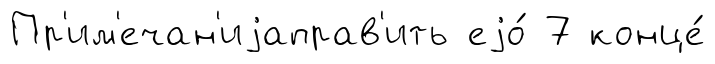
Пр'им'ечан'иjаправ'ить еjо́ 7 конце́